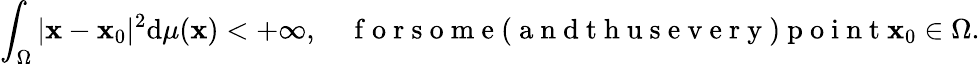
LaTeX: \int_{\Omega}|\mathbf{x}-\mathbf{x}_{0}|^{2}\mathrm{{d}}\mu(\mathbf{x})<+\infty,\quad\mathrm{{~f~o~r~s~o~m~e~(~a~n~d~t~h~u~s~e~v~e~r~y~)~p~o~i~n~t~}}\mathbf{x}_{0}\in\Omega.